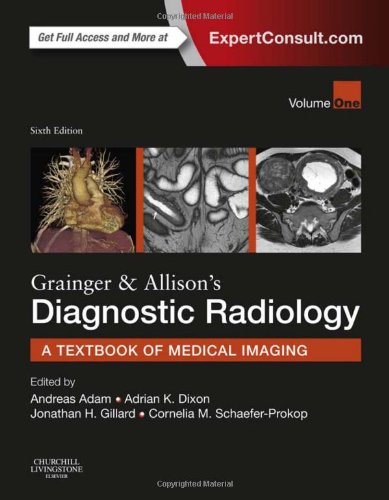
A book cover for Grainger & Allison's Diagnostic Radiology: 2-Volume Set, 6e; Andy Adam CBE  MB  BS (Hons)  PhD  FRCP  FRCR  FRCS  FFR RCSI (Hon)  FRANZCR (Hon)  FACR (Hon)  FMedSci; Medical Books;